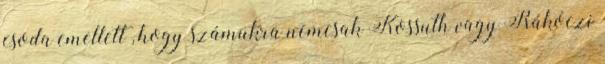
csoda emellett , hogy számukra nemcsak Kossuth vagy Rákóczi